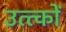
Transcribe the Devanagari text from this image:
उत्त्कों